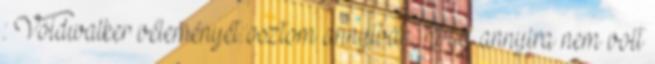
: Voidwalker véleményét osztom annyiban, hogy annyira nem volt